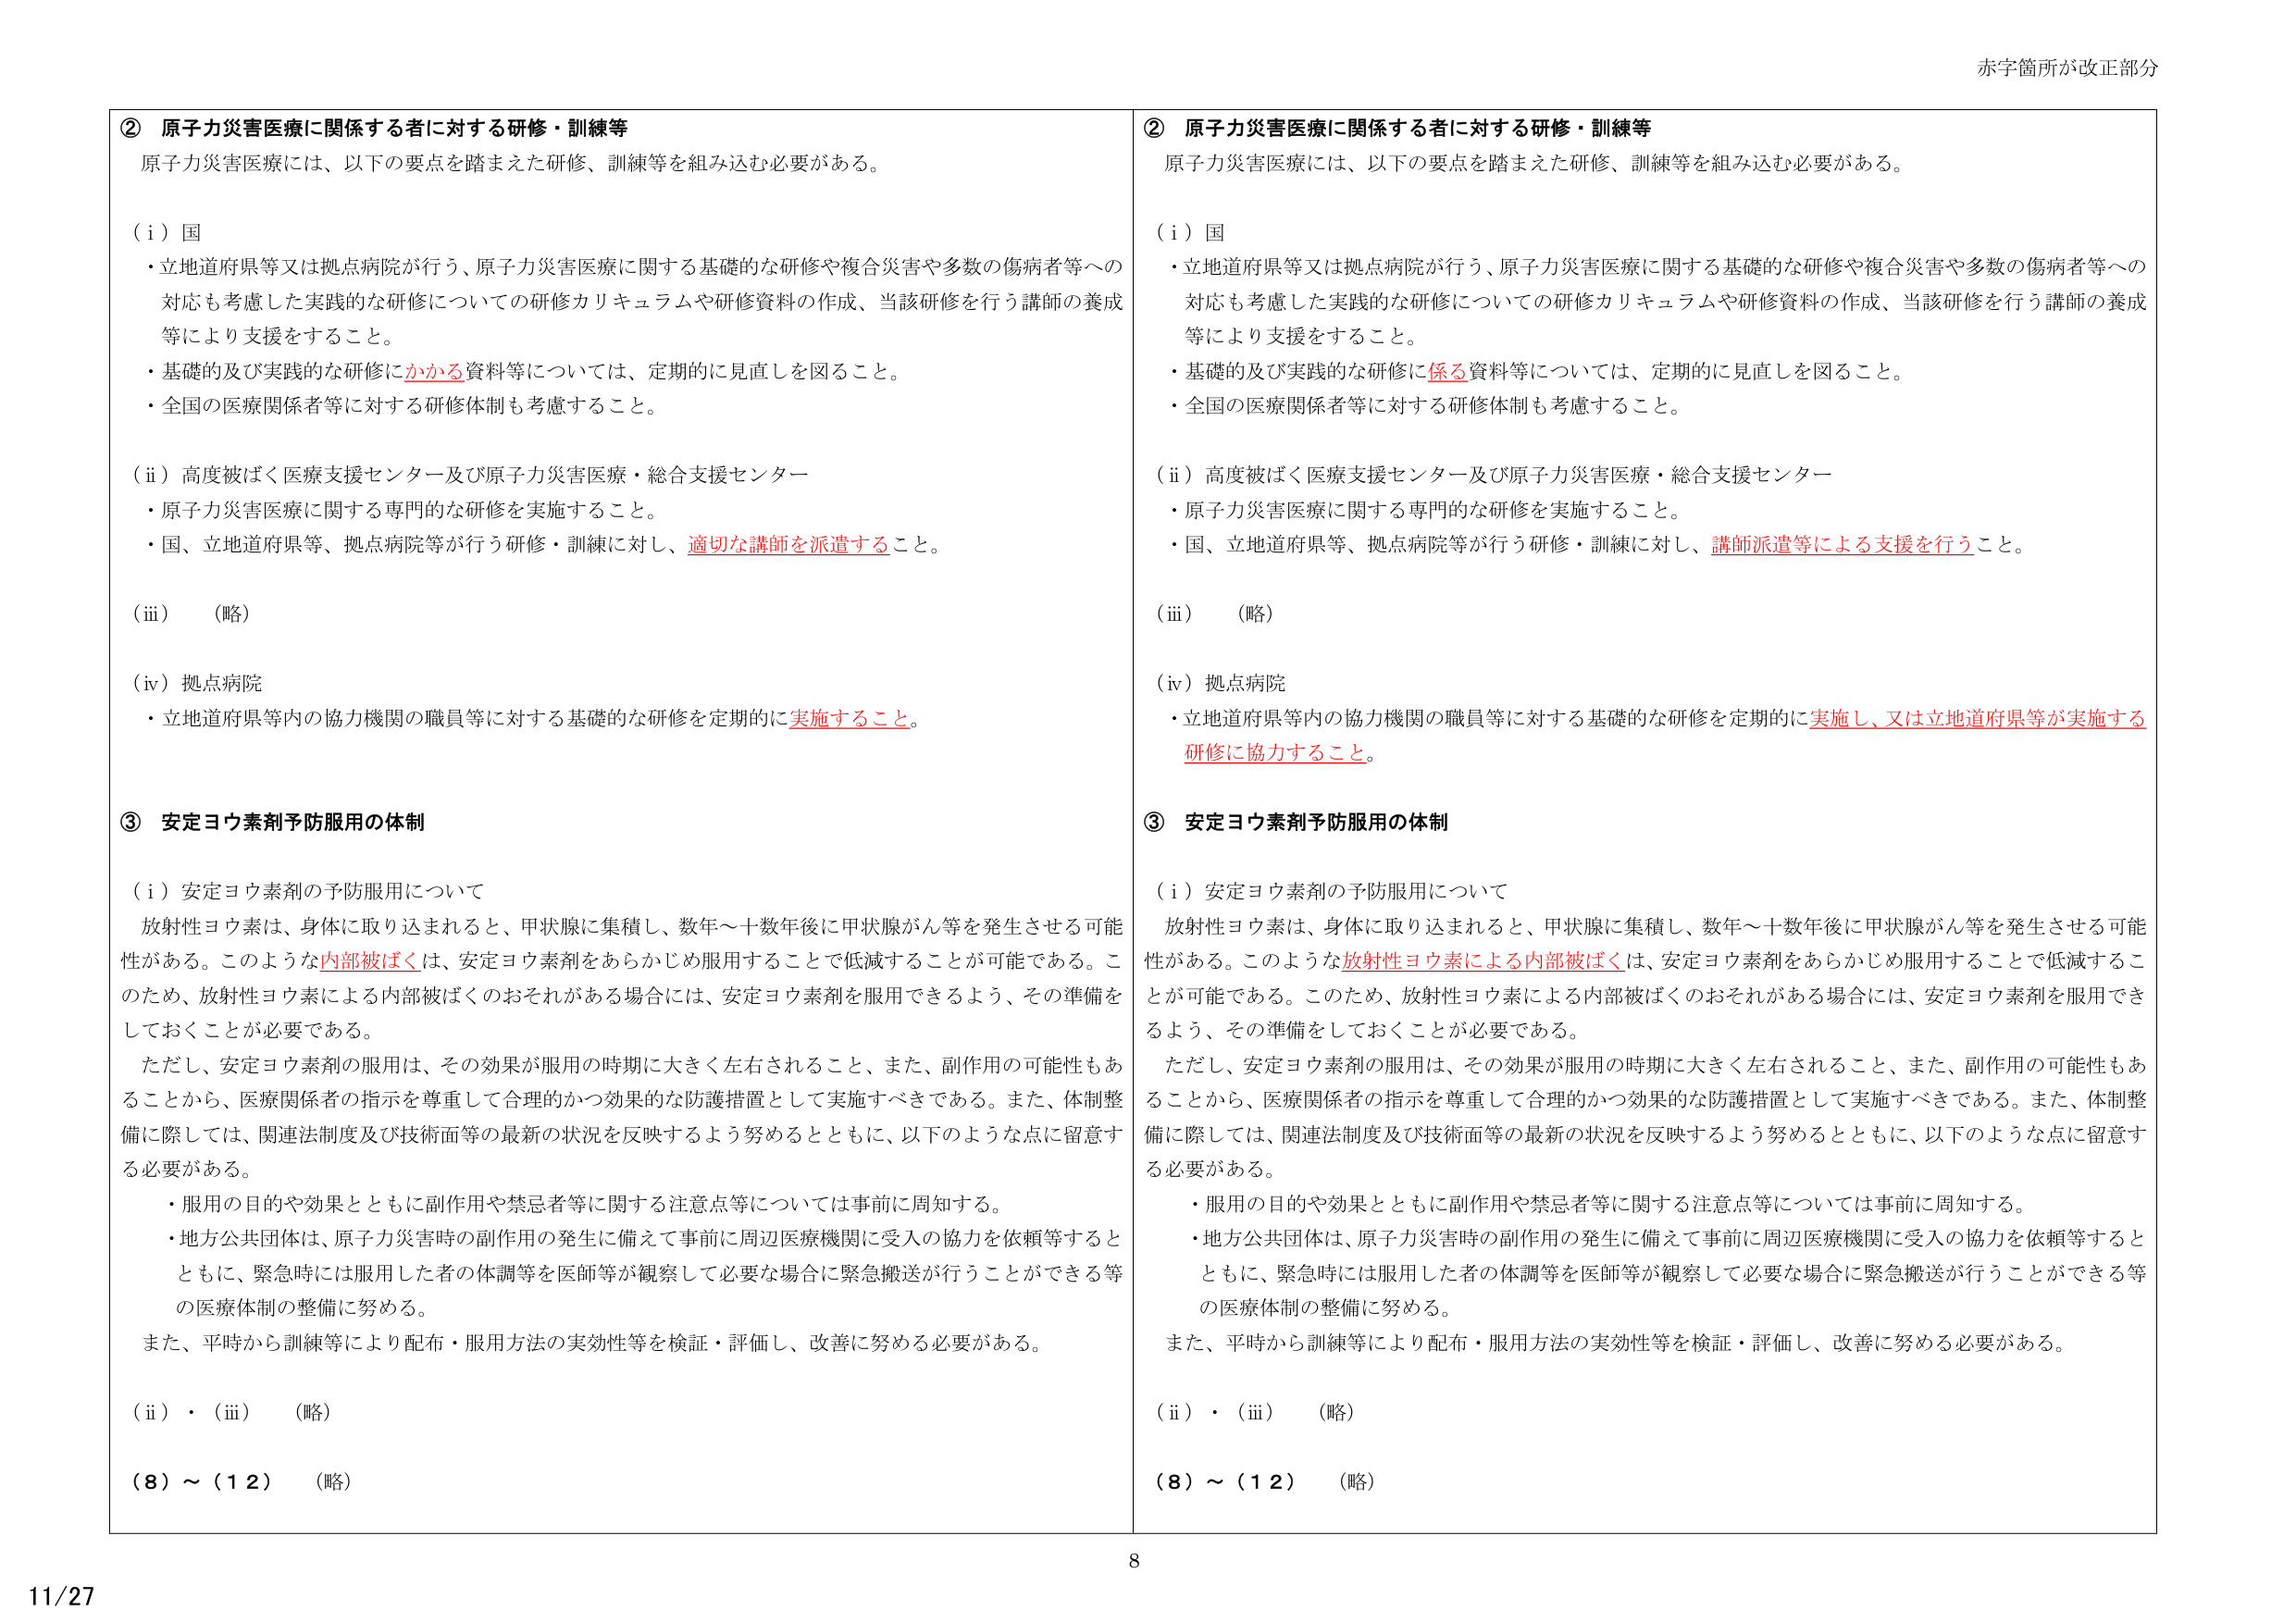
② 原子力災害医療に関係する者に対する研修・訓練等
原子力災害医療には、以下の要点を踏まえた研修、訓練等を組み込む必要がある。

（i）国
・立地道府県等又は拠点病院が行う、原子力災害医療に関する基礎的な研修や複合災害や多数の傷病者等への対応も考慮した実践的な研修についての研修カリキュラムや研修資料の作成、当該研修を行う講師の養成等により支援すること。
・基礎的及び実践的な研修にかかる資料等については、定期的に見直しを図ること。
・全国の医療関係者等に対する研修体制も考慮すること。

（ii）高度被ばく医療支援センター及び原子力災害医療・総合支援センター
・原子力災害医療に関する専門的な研修を実施すること。
・国、立地道府県等、拠点病院等が行う研修・訓練に対し、適切な講師を派遣すること。

（iii）（略）

（iv）拠点病院
・立地道府県等内の協力機関の職員等に対する基礎的な研修を定期的に実施すること。

③ 安定ヨウ素剤予防服用の体制

（i）安定ヨウ素剤の予防服用について
放射性ヨウ素は、身体に取り込まれると、甲状腺に集積し、数年～十数年後に甲状腺がん等を発生させる可能性がある。このような内部被ばくは、安定ヨウ素剤をあらかじめ服用することで低減することが可能である。このため、放射性ヨウ素による内部被ばくのおそれがある場合には、安定ヨウ素剤を服用できるよう、その準備をしておくことが必要である。
ただし、安定ヨウ素剤の服用は、その効果が服用の時期に大きく左右されること、また、副作用の可能性もあることから、医療関係者の指示を尊重して合理的かつ効果的な防護措置として実施すべきである。また、体制整備に際しては、関連法制度及び技術面等の最新の状況を反映するよう努めるとともに、以下のような点に留意する必要がある。
・服用の目的や効果とともに副作用や禁忌者等に関する注意点等については事前に周知する。
・地方公共団体は、原子力災害時の副作用の発生に備えて事前に周辺医療機関に受入の協力を依頼等するとともに、緊急時には服用した者の体調等を医師等が観察して必要な場合に緊急搬送が行うことができる等の医療体制の整備に努める。
また、平時から訓練等により配布・服用方法の実効性等を検証・評価し、改善に努める必要がある。

（ii）・（iii）（略）
（8）～（12）（略）

② 原子力災害医療に関係する者に対する研修・訓練等
原子力災害医療には、以下の要点を踏まえた研修、訓練等を組み込む必要がある。

（i）国
・立地道府県等又は拠点病院が行う、原子力災害医療に関する基礎的な研修や複合災害や多数の傷病者等への対応も考慮した実践的な研修についての研修カリキュラムや研修資料の作成、当該研修を行う講師の養成等により支援すること。
・基礎的及び実践的な研修に係る資料等については、定期的に見直しを図ること。
・全国の医療関係者等に対する研修体制も考慮すること。

（ii）高度被ばく医療支援センター及び原子力災害医療・総合支援センター
・原子力災害医療に関する専門的な研修を実施すること。
・国、立地道府県等、拠点病院等が行う研修・訓練に対し、講師派遣等による支援を行うこと。

（iii）（略）

（iv）拠点病院
・立地道府県等内の協力機関の職員等に対する基礎的な研修を定期的に実施し、又は立地道府県等が実施する研修に協力すること。

③ 安定ヨウ素剤予防服用の体制

（i）安定ヨウ素剤の予防服用について
放射性ヨウ素は、身体に取り込まれると、甲状腺に集積し、数年～十数年後に甲状腺がん等を発生させる可能性がある。このような放射性ヨウ素による内部被ばくは、安定ヨウ素剤をあらかじめ服用することで低減することが可能である。このため、放射性ヨウ素による内部被ばくのおそれがある場合には、安定ヨウ素剤を服用できるよう、その準備をしておくことが必要である。
ただし、安定ヨウ素剤の服用は、その効果が服用の時期に大きく左右されること、また、副作用の可能性もあることから、医療関係者の指示を尊重して合理的かつ効果的な防護措置として実施すべきである。また、体制整備に際しては、関連法制度及び技術面等の最新の状況を反映するよう努めるとともに、以下のような点に留意する必要がある。
・服用の目的や効果とともに副作用や禁忌者等に関する注意点等については事前に周知する。
・地方公共団体は、原子力災害時の副作用の発生に備えて事前に周辺医療機関に受入の協力を依頼等するとともに、緊急時には服用した者の体調等を医師等が観察して必要な場合に緊急搬送が行うことができる等の医療体制の整備に努める。
また、平時から訓練等により配布・服用方法の実効性等を検証・評価し、改善に努める必要がある。

（ii）・（iii）（略）
（8）～（12）（略）

赤字箇所が改正部分
11/27
8